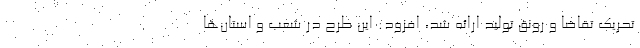
تحریک تقاضا و رونق تولید ارائه شد، افزود: این طرح در شعب و استان‌ها